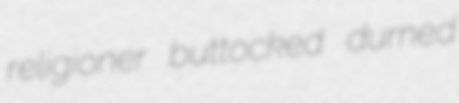
religioner buttocked durned